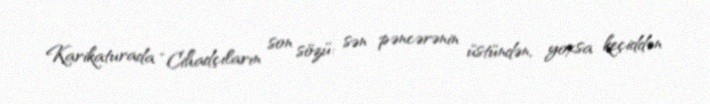
Karikaturada “Cihadçıların son sözü: sən pəncərənin üstündən, yoxsa keçiddən